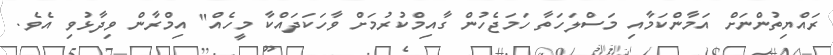
ރައްޔިތުންނަށް އަމާންކަމާއި މަސްލަހަތާ ހަމަޖެހުން ގާއިމްކުރުމަށް ވާހަކަދައްކާ މީހެއް" އިމްރާން ވިދާޅުވި އެވެ.